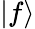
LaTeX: \vert f\rangle